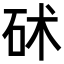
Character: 𥑡